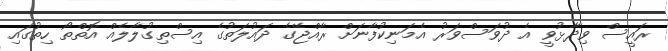
ރައީސް ވިދާޅުވީ އެ ދުވަސްވަރު އެމަނިކުފާނަށް ރާއްޖޭގެ ދައުލަތުގެ އިސްތިގުލާލެއް އޮތްތޯ ހިތުގައި